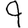
Digit: 9